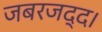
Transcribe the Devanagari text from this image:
जबरजद्द।